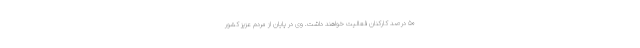
۵۰ درصد کارکنان فعالیت خواهند داشت. وی در پایان از مردم عزیز کشور